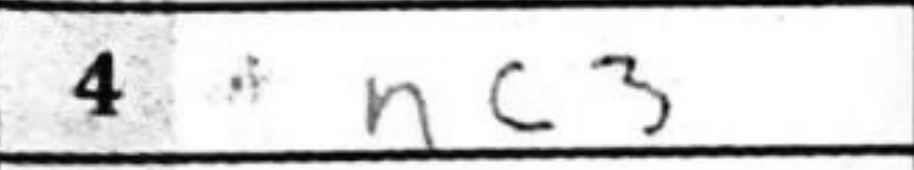
Transcription: Nc3